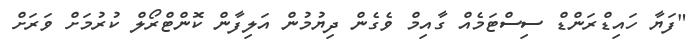
"ފަޔާ ހައިޑްރަންޑް ސިސްޓަމެއް ގާއިމް ވެގެން ދިޔުމުން އަލިފާން ކޮންޓްރޯލް ކުރުމަށް ވަރަށް